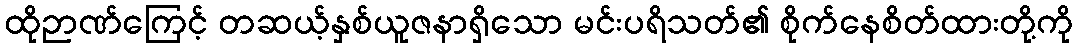
ထိုဉာဏ်ကြေင့် တဆယ့်နှစ်ယူဇနာရှိသော မင်းပရိသတ်၏ စိုက်နေစိတ်ထားတို့ကို